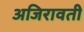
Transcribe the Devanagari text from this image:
अजिरावती